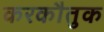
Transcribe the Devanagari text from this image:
करकौतुक